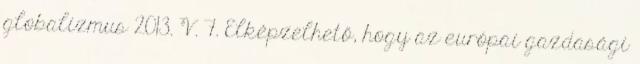
globalizmus 2013. V. 7. Elképzelhető, hogy az európai gazdasági